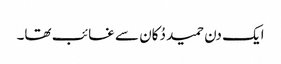
ایک دن حمید دُکان سے غائب تھا۔